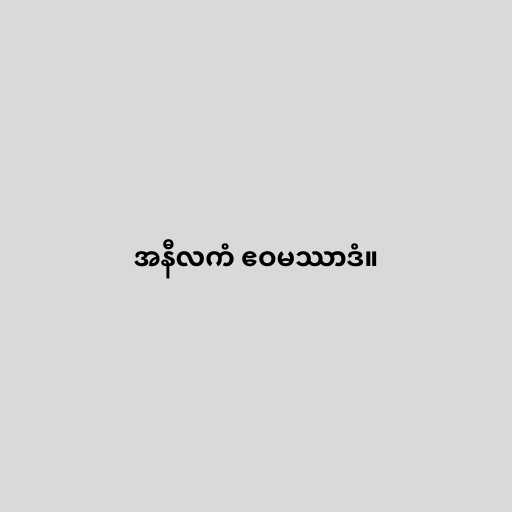
အနီလကံ ဧဝမဿာဒံ။